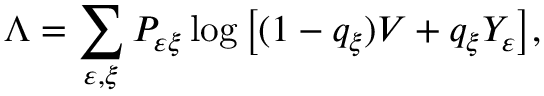
\Lambda = \sum _ { \varepsilon , \xi } P _ { \varepsilon \xi } \log \big [ ( 1 - q _ { \xi } ) V + q _ { \xi } Y _ { \varepsilon } \big ] ,